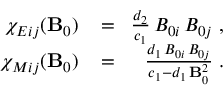
\begin{array} { r l r } { \chi _ { E i j } ( { \bf B } _ { 0 } ) \! } & { { } = } & { \! \frac { d _ { 2 } } { c _ { 1 } } \, B _ { 0 i } \, B _ { 0 j } \; , } \\ { \chi _ { M i j } ( { \bf B } _ { 0 } ) \! } & { { } = } & { \! \frac { d _ { 1 } \, B _ { 0 i } \, B _ { 0 j } } { c _ { 1 } - d _ { 1 } \, { \bf B } _ { 0 } ^ { 2 } } \; . } \end{array}